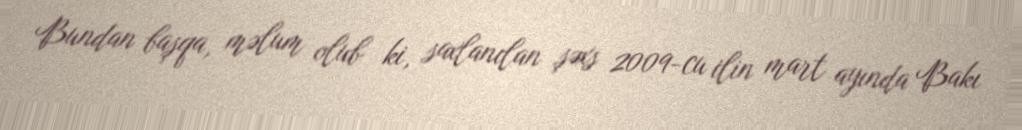
Bundan başqa, məlum olub ki, saxlanılan şəxs 2009-cu ilin mart ayında Bakı